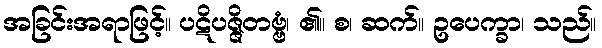
အခြင်းအရာဖြင့်။ ပဋိပဇ္ဇိတဗ္ဗံ၊ ၏။ စ၊ ဆက်။ ဥပေက္ခာ၊ သည်။